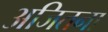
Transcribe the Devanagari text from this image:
अजितना